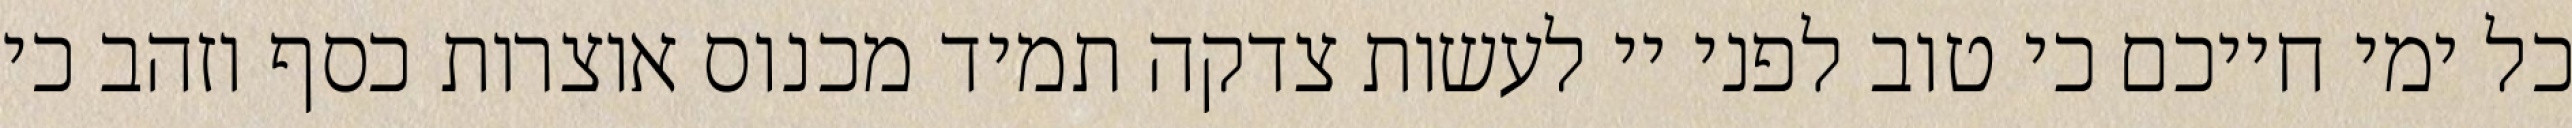
כל ימי חייכם כי טוב לפני יי לעשות צדקה תמיד מכנוס אוצרות כסף וזהב כי